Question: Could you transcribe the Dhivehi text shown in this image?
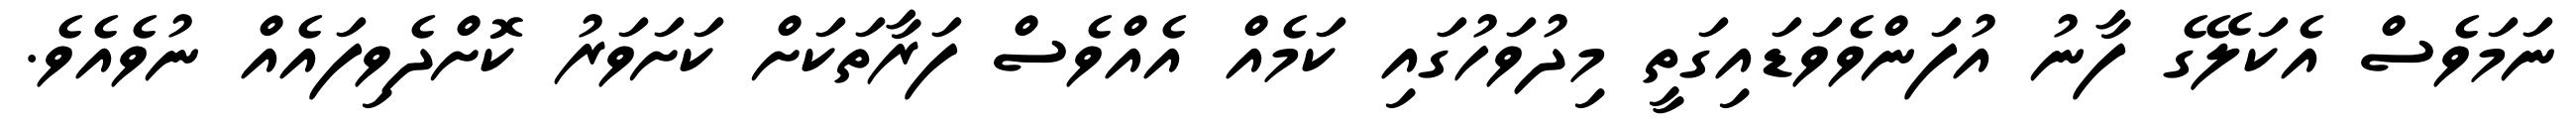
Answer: ނަމަވެސް އެކަލޭގެ ފާނު އުފަންވެވަޑައިގަތީ މިދުވަހުގައި ކަމެއް އެއްވެސް ފަރާތަކަށް ކަށަވަރު ކޮށްދެވިފައެއް ނުވެއެވެ.